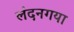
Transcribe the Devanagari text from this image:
लंदनगया